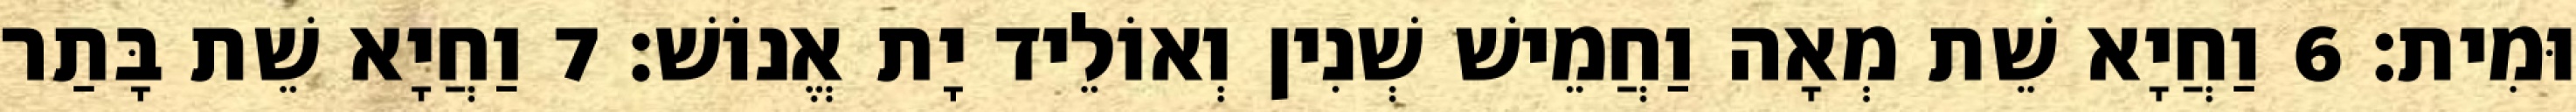
וּמִית׃ 6 וַחֲיָא שֵׁת מְאָה וַחֲמֵישׁ שְׁנִין וְאוֹלֵיד יָת אֱנוֹשׁ׃ 7 וַחֲיָא שֵׁת בָּתַר